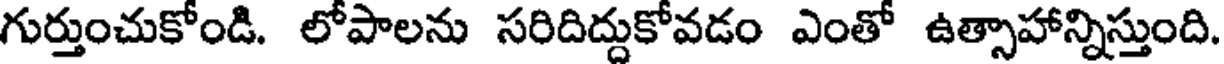
గుర్తుంచుకోండి. లోపాలను సరిదిద్దుకోవడం ఎంతో ఉత్సాహాన్నిస్తుంది